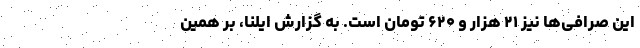
این صرافی‌ها نیز ۲۱ هزار و ۶۲۰ تومان است. به گزارش ایلنا، بر همین‌